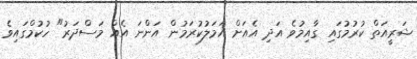
ޝަރީއަތް ކުރުމުގައި ގާއިމުވެ އަދި އެއަށް އަމަލުކުރަމުން އަންނަ އެއް މަސްދަރު" ހުކުމްގައިވެ